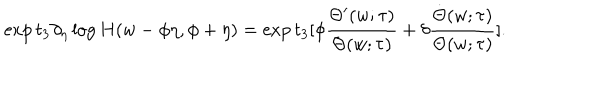
\exp t _ { 3 } \partial _ { \eta } \log H ( w - \phi \eta , \phi + \eta ) = \exp t _ { 3 } [ \phi \frac { \Theta ^ { \prime } ( w ; \tau ) } { \Theta ( w ; \tau ) } + \delta \frac { \dot { \Theta } ( w ; \tau ) } { \Theta ( w ; \tau ) } ] .